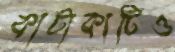
কাটাকাটিও